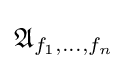
{\mathfrak {A}}_{f_{1},\dots ,f_{n}}